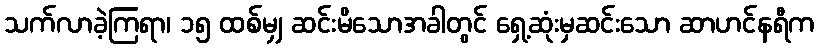
သက်လာခဲ့ကြရာ၊ ၁၅ ထစ်မျှ ဆင်းမိသောအခါတွင် ရှေ့ဆုံးမှဆင်းသော ဆာဟင်နရီက